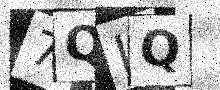
Text: 7QIQ